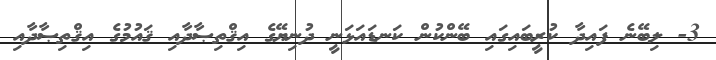
3- ލިބޭނެ ފައިދާ ކުރީބައިގައި ބޭންކުން ކަނޑައަޅަނީ ދުނިޔޭގެ އިޤްތިޞާދާއި ޤައުމުގެ އިޤްތިޞާދާއި